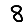
Digit: 8